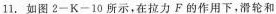
11.如图2-K-10所示，在拉力F的作用下，滑轮和